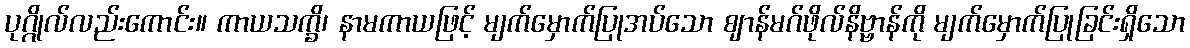
ပုဂ္ဂိုလ်လည်းကောင်း။ ကာယသက္ခိ၊ နာမကာယဖြင့် မျက်မှောက်ပြုအပ်သော ဈာန်မဂ်ဖိုလ်နိဗ္ဗာန်ကို မျက်မှောက်ပြုခြင်းရှိသော